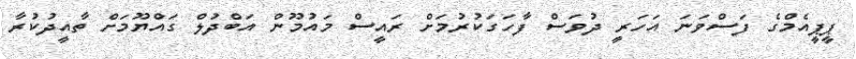
ޕީޕީއެމްގެ ފަސްވަނަ އަހަރީ ދުވަސް ފާހަގަކުރުމަށް ރައީސް މައުމޫން އަބްދުލް ގައްޔޫމަށް ތާއީދުކުރާ